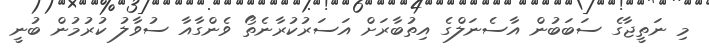
މި ނަތީޖާގެ ސަބަބުން އާސެނަލްގެ އިތުބާރަށް އަސަރުކުރާނެތޯ ވެންގާއާ ސުވާލު ކުރުމުން ބުނީ